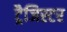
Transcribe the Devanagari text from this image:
ट्रैजिस्टर